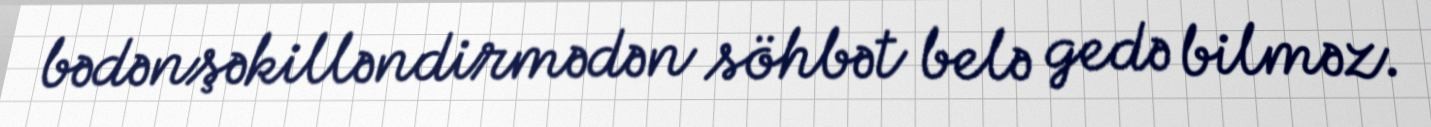
bədənşəkilləndirmədən söhbət belə gedə bilməz.